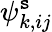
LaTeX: \psi_{k,ij}^{\mathtt{s}}